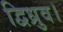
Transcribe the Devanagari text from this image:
द्विध्रुव।